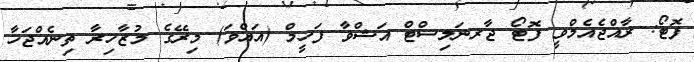
ފޮޓޯ: ރާއްޖެއެމްވީ ފޮޓޯ ޖާރނަލިސްޓް އަޝްވާ ފަހީމް (އައްވަ) މިރޭގެ މުޒާހިރާ ތިނެއްޖަހާ